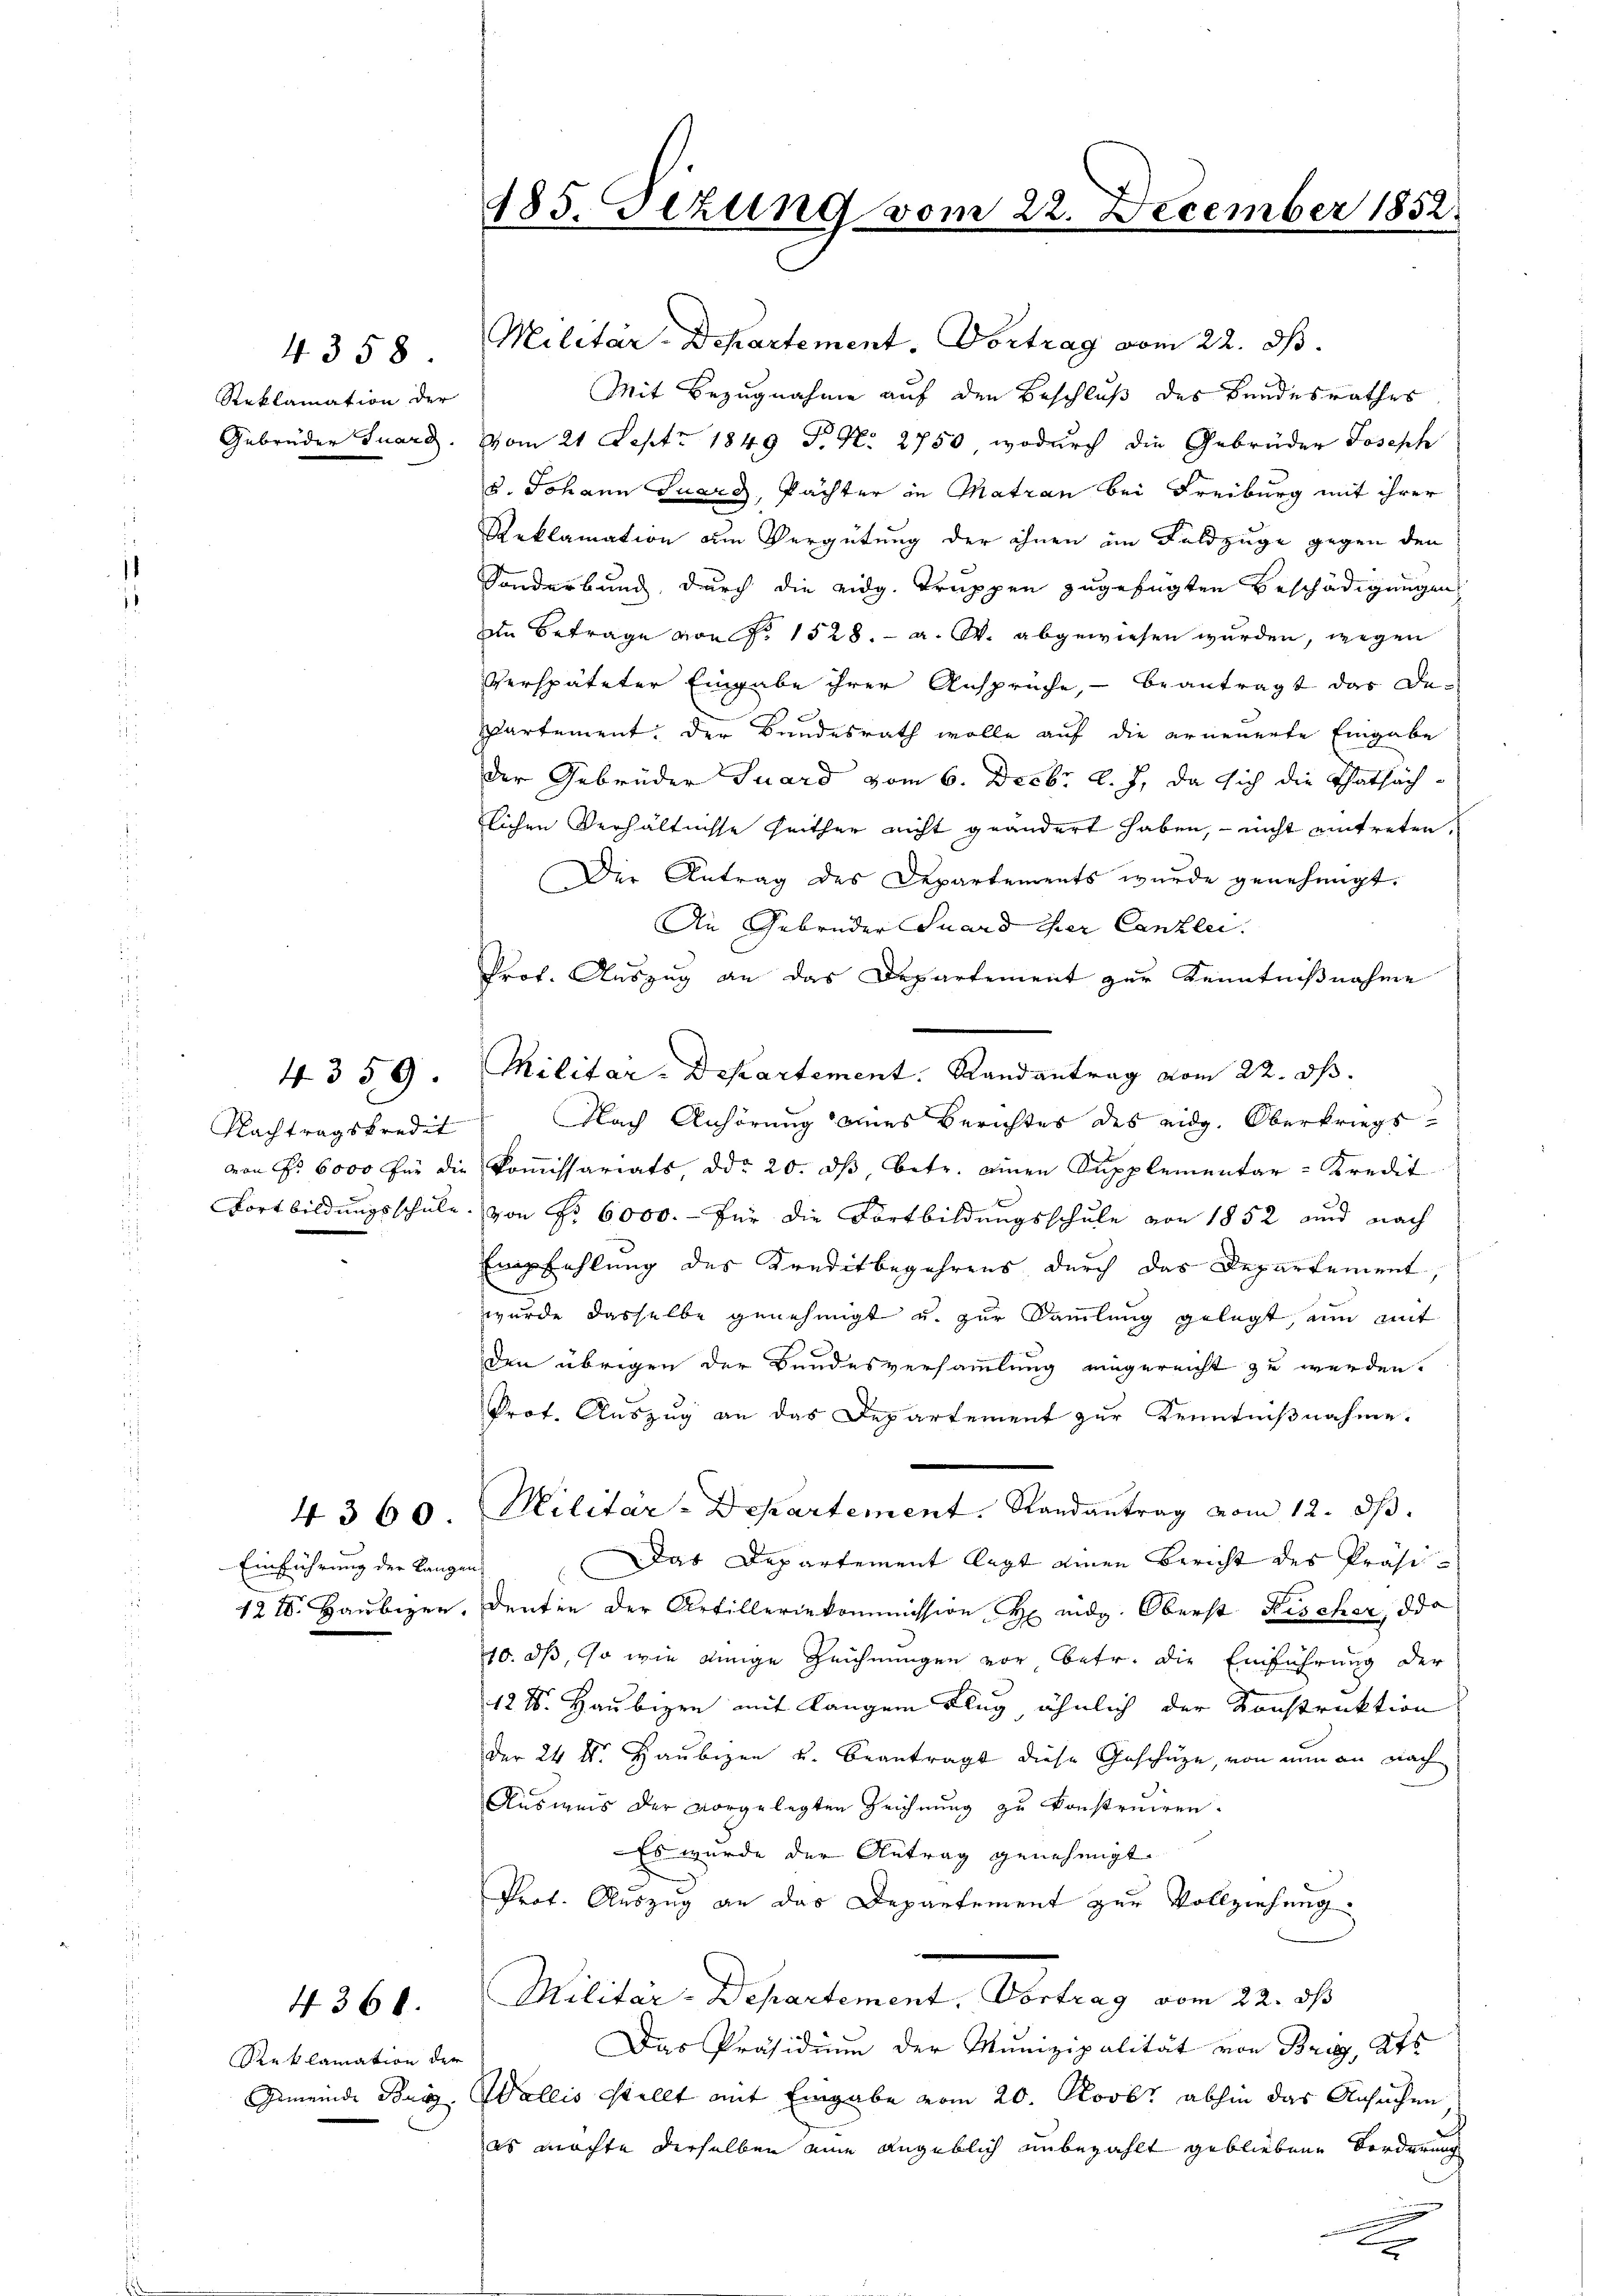
Reklamation der
Gebrüder Suarg

4358.

Nachtragskredit
von Fr. 6000 für die
Fortbildungsschule.

4359.

Einführung der Langen
12IV. Haubigen.

4360.

Reklamation der
Gemeinde Buc

4368.

185. Fezung vom 22. December 1852.

Militär-Departement. Vortrag vom 22. ds.
Mit Bezugnahme auf den Beschluß des Bundesrathes
Vom 21 Sept. 1849 P. N. 2750, wodurch die Gebrüder Joseph
u. Johann Guarg, Pächter in Matran bei Freiburg mit ihrer
Reklamation am Vergütung der ihnen im Feldzüge gegen den
Sonderbung, durch die eidg. Truppen zugefügten Beschädigungen
in Betrage von Fr. 1528. - a. W. abgewiesen wurden, wegen
Verspäteter Eingabe ihrer Anspruche, – beantragt das De-
Partement, der Bundesrath wolle auf die erneuerte Eingabe
der Gebrüder Suard vom 6. Decbr. l. J. da sich die Thatsächlichen Verhältnisse heither nicht geändert haben, – nicht eintreten.
Der Antrag des Departements wurde genehmigt.
Die Gebrüder Suard ihrer Canzlei.
Prof. Auszug an das Departement zur Kenntnißnahme
Militar-Departement. Randantrag vom 22. dh.
Nach Anhörung eines Berichtes des eidg. Oberkriegskoṁissariats, ddo 20. dβ betr. einen Supplementar-Kredit
d
von Nr. 6000.- für die Fortbildungsschule von 1852 und nach
Empfehlung des Kreditbegehrens durch das Departement,
wurde dasselbe genehmigt u. zur Sammlung gelegt, um mit
den übrigen der Bundesversammlung eingereicht zu werden.
Prof. Auszug an das Departement zur Kenntnißnahme.
Militar-Departement. Randantrag vom 12. dβ.
Das Departement legt einen Bericht des Präsi-
denten der Artilleriekommission H eidg. Oberst Fischer, da
10. ds, so wie einige Zeichnungen vor betr. die Einführung der
12 t. Haubigen mit langem Flug ähnlich der Konstruktion
der 24 t. Haubizen u. beantragt diese Geschüze, von nun an nach
Ausweis der vorgelegten Zeichnŭng zu konstruiren.
Es wurde der Antrag genehmigt
Prot. Auszug an das Departement zur Vollziehung
Militar-Departement, Vortrag vom 22. ds
Das Präsidium der Munizipalität von Brig, Kts
Wallis stellt mit Eingabe vom 20. Novbr abhin das Ansuchen
es machte derselben eine angeblich unbezahlt gebliebene Forderung
.